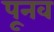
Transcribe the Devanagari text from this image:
पूनव